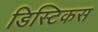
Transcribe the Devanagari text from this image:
डिस्टिकस